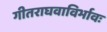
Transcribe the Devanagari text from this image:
गीतराघवाविर्भावः